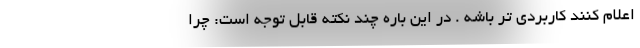
اعلام کنند کاربردی تر باشه . در این باره چند نکته قابل توجه است: چرا